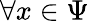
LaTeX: \forall x\in\Psi